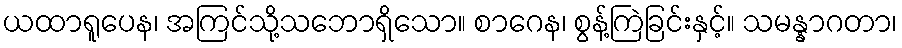
ယထာရူပေန၊ အကြင်သို့သဘောရှိသော။ စာဂေန၊ စွန့်ကြဲခြင်းနှင့်။ သမန္နာဂတာ၊